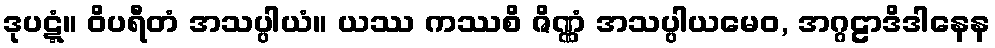
ဒုပဋ္ဋံ။ ဝိပရီတံ အသပ္ပါယံ။ ယဿ ကဿစိ ဇိဏ္ဏံ အသပ္ပါယမေဝ, အဂ္ဂဠာဒိဒါနေန